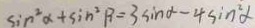
\sin ^ { 2 } \alpha + \sin ^ { 2 } \beta = 3 \sin \alpha - 4 \sin ^ { 2 } \alpha